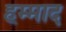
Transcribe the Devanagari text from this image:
हम्माद